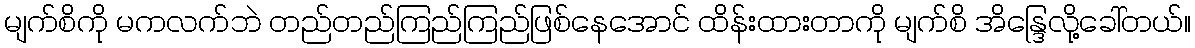
မျက်စိကို မကလက်ဘဲ တည်တည်ကြည်ကြည်ဖြစ်နေအောင် ထိန်းထားတာကို မျက်စိ အိန္ဒြေလို့ခေါ်တယ်။